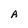
Character: A